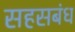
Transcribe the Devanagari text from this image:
सहसबंध